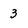
Character: 3